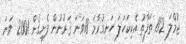
ޖުމްލަ 112 ތަފާތު އެކިކަހަލަ ހަނގުރާމަ 18ވަނަ ޤަރުނުން ފެށިގެން 2001 ވަނަ